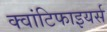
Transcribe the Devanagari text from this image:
क्वांटिफाइयर्स